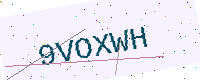
Text: 9VOXWH